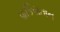
પાકિસતાન